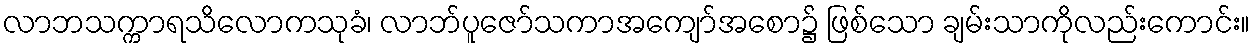
လာဘသက္ကာရသိလောကသုခံ၊ လာဘ်ပူဇော်သကာအကျော်အစော၌ ဖြစ်သော ချမ်းသာကိုလည်းကောင်း။